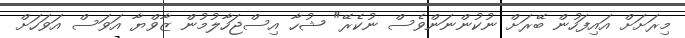
މިރަށަށް އައިފަހުން ބޭރަށް ނުކުންނަންވެސް ނުކެރޭ" ޝުހާ އިސްޖަހާލުމުން ޒާވްޔާ އަވަސް އަވަހަށް